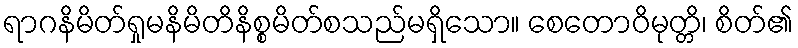
ရာဂနိမိတ်ရှုမနိမိတိနိစ္စမိတ်စသည်မရှိသော။ စေတောဝိမုတ္တိ၊ စိတ်၏